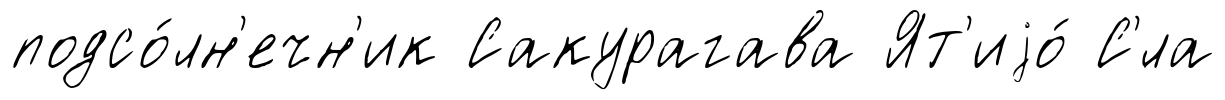
подсо́лн'ечн'ик Сакурагава Ят'иjо́ С'́ла